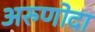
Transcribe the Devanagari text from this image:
अरुणोदा